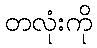
တလုံးကို